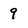
Character: 9